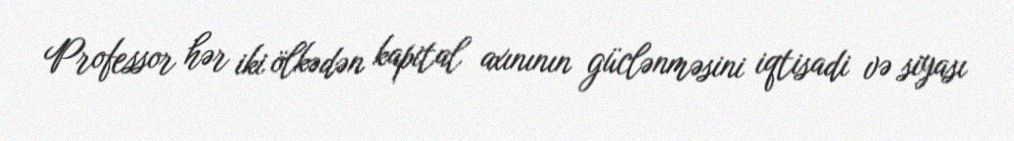
Professor hər iki ölkədən kapital axınının güclənməsini iqtisadi və siyası